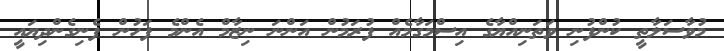
މުވާސަލާތީ ކުންފުނި ވަތަނިއްޔާގެ އިސްމަގާމެއް ފުރަމުން އަންނަ ނިޒާމް އެންމެ ފަހުން ފެނިގެންދިޔައީ